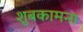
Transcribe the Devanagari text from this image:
शुबकामना